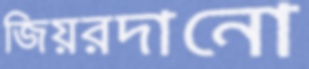
জিয়রদানো